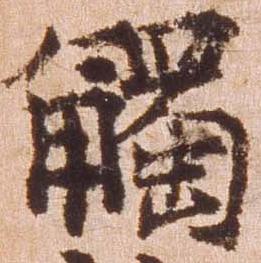
触